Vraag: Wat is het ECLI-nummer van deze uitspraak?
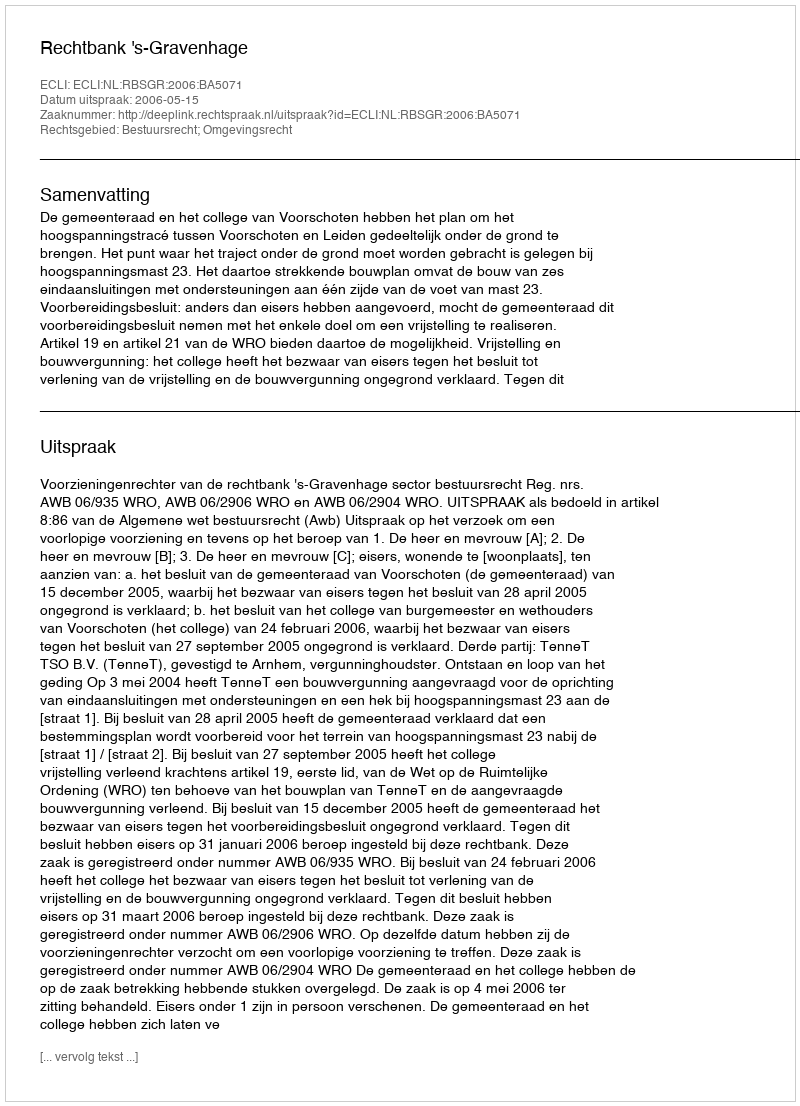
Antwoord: ECLI:NL:RBSGR:2006:BA5071